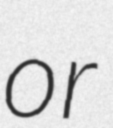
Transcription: or